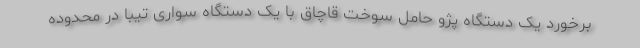
برخورد یک دستگاه پژو حامل سوخت قاچاق با یک دستگاه سواری تیبا در محدوده